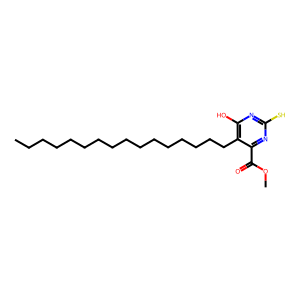
SMILES: CCCCCCCCCCCCCCCCc1c(O)nc(S)nc1C(=O)OC
Inhibits HIV replication: No